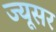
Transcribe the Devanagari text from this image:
ज्यूसर